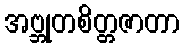
အဗ္ဘုတစိတ္တဇာတာ